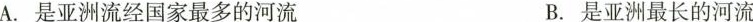
A.是亚洲流经国家最多的河流B.是亚洲最长的河流